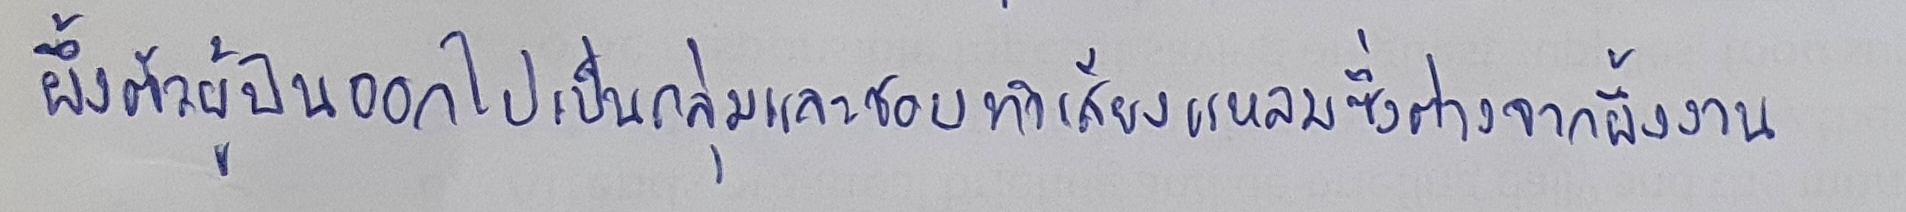
ผึ้งตัวผู้บินออกไปเป็นกลุ่มและชอบทำเสียงแหลมซึ่งต่างจากผึ้งงาน